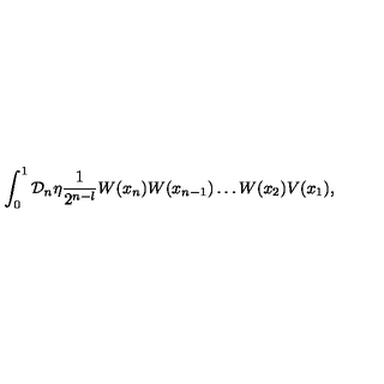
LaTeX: \int _ { 0 } ^ { 1 } { \cal D } _ { n } \eta \frac { 1 } { 2 ^ { n - l } } W ( x _ { n } ) W ( x _ { n - 1 } ) \dots W ( x _ { 2 } ) V ( x _ { 1 } ) ,